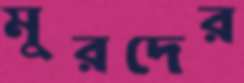
মুরদের